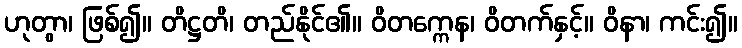
ဟုတွာ၊ ဖြစ်၍။ တိဋ္ဌတိ၊ တည်နိုင်၏။ ဝိတက္ကေန၊ ဝိတက်နှင့်။ ဝိနာ၊ ကင်း၍။